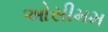
ઓસીમમ